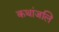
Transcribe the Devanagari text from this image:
कथांजलि